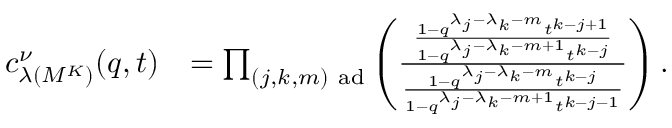
\begin{array} { r l } { c _ { \lambda ( M ^ { K } ) } ^ { \nu } ( q , t ) } & { = \prod _ { ( j , k , m ) \mathrm { ~ a d } } \left( \frac { \frac { 1 - q ^ { \lambda _ { j } - \lambda _ { k } - m } t ^ { k - j + 1 } } { 1 - q ^ { \lambda _ { j } - \lambda _ { k } - m + 1 } t ^ { k - j } } } { \frac { 1 - q ^ { \lambda _ { j } - \lambda _ { k } - m } t ^ { k - j } } { 1 - q ^ { \lambda _ { j } - \lambda _ { k } - m + 1 } t ^ { k - j - 1 } } } \right) . } \end{array}